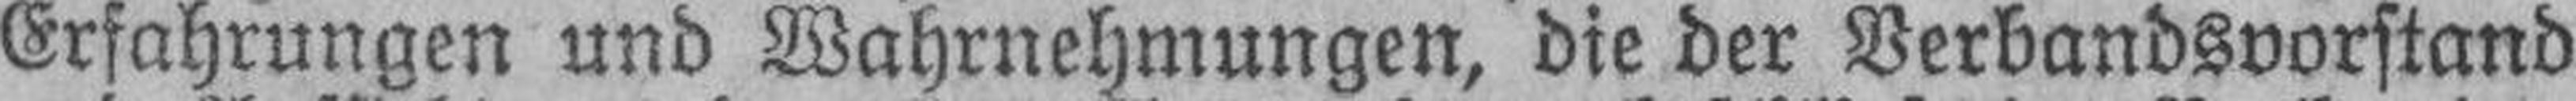
Erfahrungen und Wahrnehmungen, die der Verbandsvorstand